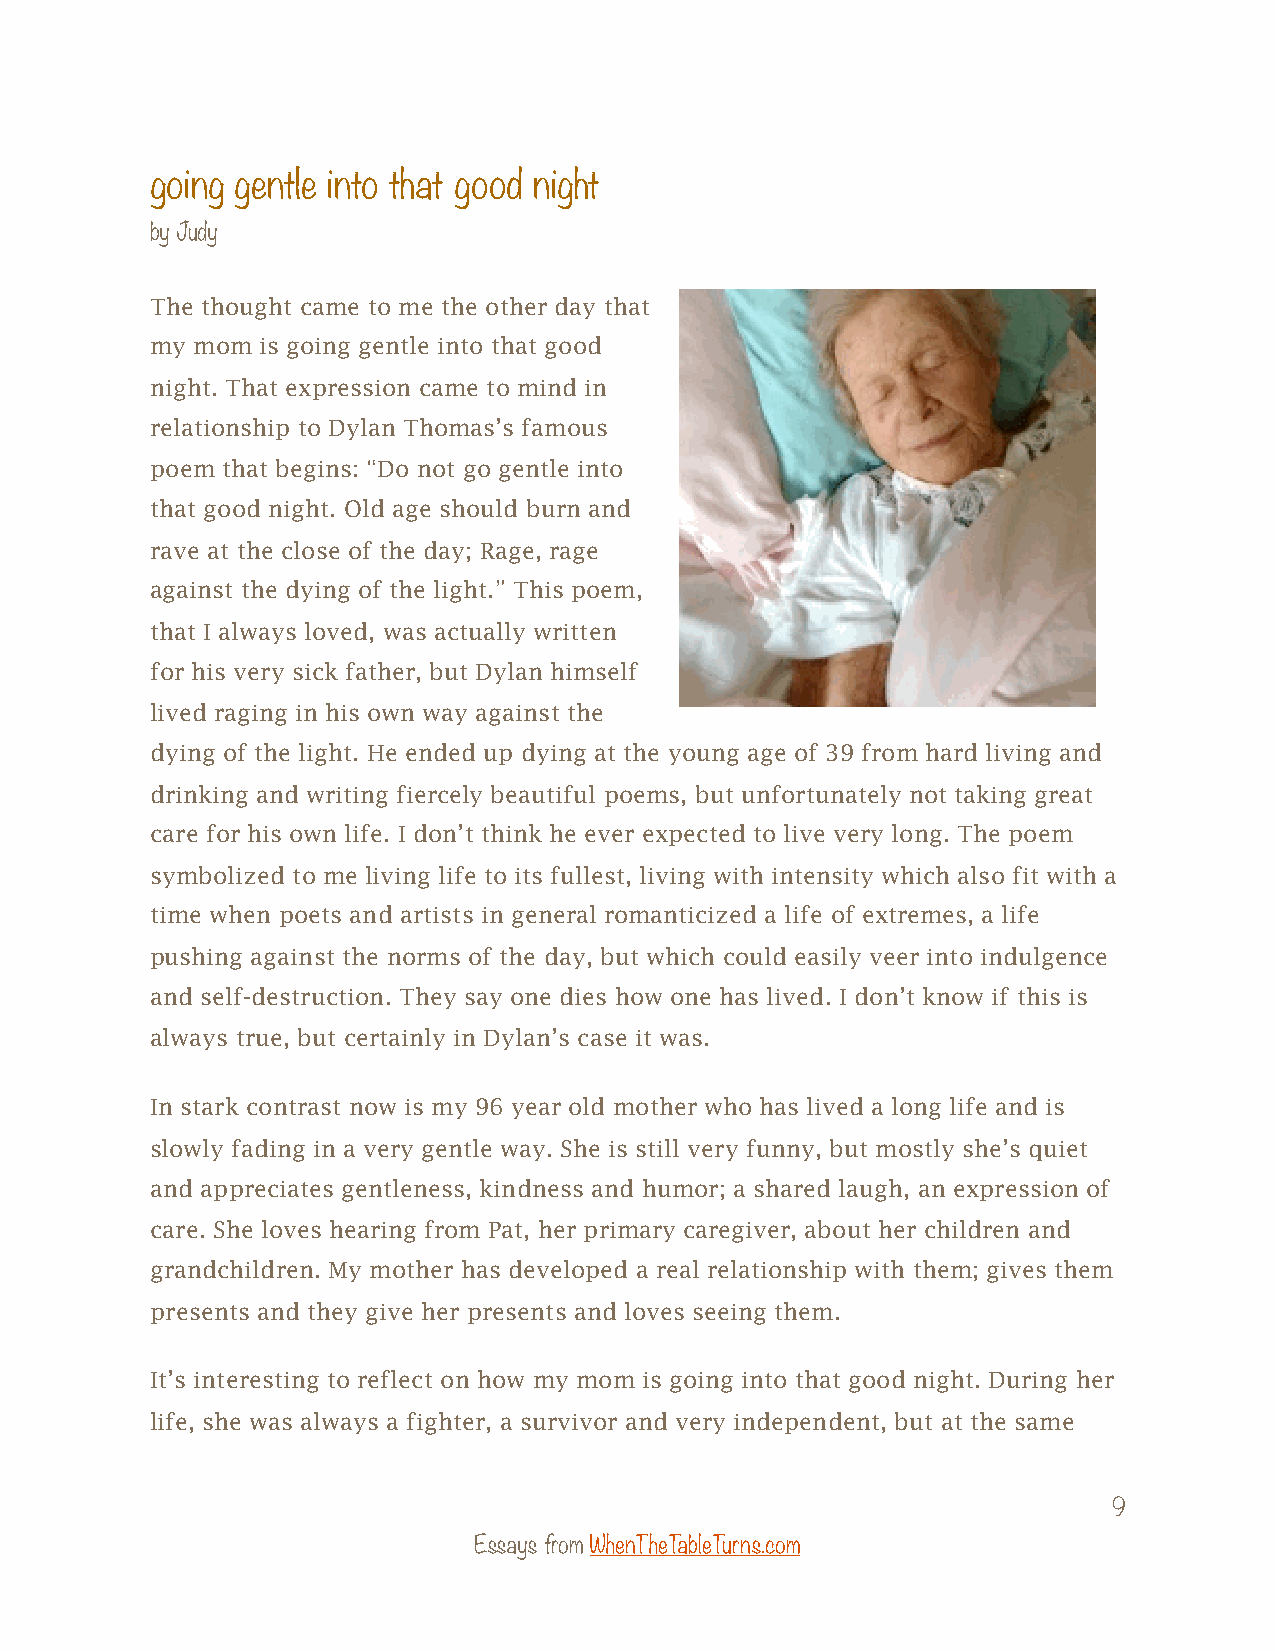
going gentle into that good night
 by Judy
 The thought came to me the other day that
 my mom is going gentle into that good
 night. That expression came to mind in
 relationship to Dylan Thomas’s famous
 poem that begins: “Do not go gentle into
 that good night. Old age should burn and
 rave at the close of the day; Rage, rage
 against the dying of the light.” This poem,
 that I always loved, was actually written
 for his very sick father, but Dylan himself
 lived raging in his own way against the
 dying of the light. He ended up dying at the young age of 39 from hard living and
 drinking and writing fiercely beautiful poems, but unfortunately not taking great
 care for his own life. I don’t think he ever expected to live very long. The poem
 symbolized to me living life to its fullest, living with intensity which also fit with a
 time when poets and artists in general romanticized a life of extremes, a life
 pushing against the norms of the day, but which could easily veer into indulgence
 and self-destruction. They say one dies how one has lived. I don’t know if this is
 always true, but certainly in Dylan’s case it was.
 In stark contrast now is my 96 year old mother who has lived a long life and is
 slowly fading in a very gentle way. She is still very funny, but mostly she’s quiet
 and appreciates gentleness, kindness and humor; a shared laugh, an expression of
 care. She loves hearing from Pat, her primary caregiver, about her children and
 grandchildren. My mother has developed a real relationship with them; gives them
 presents and they give her presents and loves seeing them.
 It’s interesting to reflect on how my mom is going into that good night. During her
 life, she was always a fighter, a survivor and very independent, but at the same
 9
 Essays from WhenTheTableTurns.com